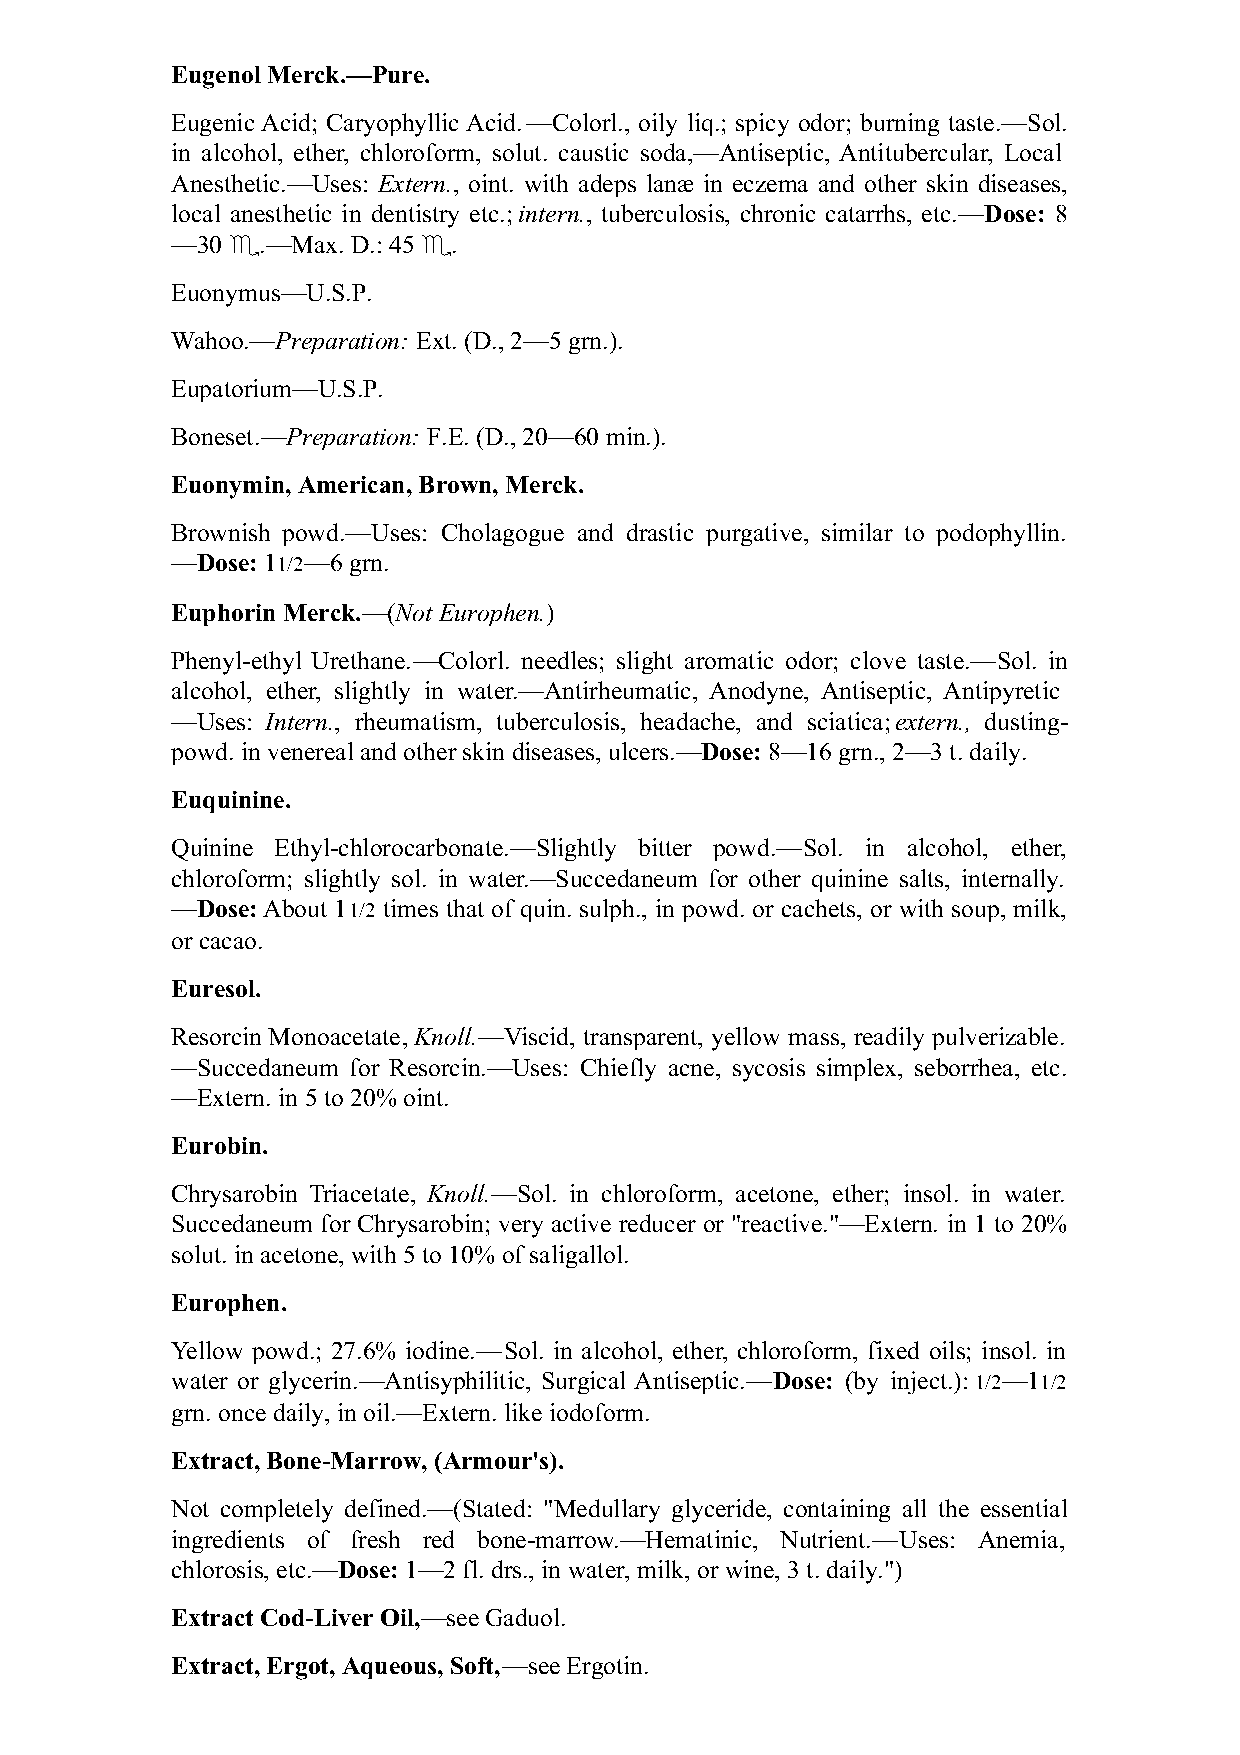
Eugenol Merck.—Pure.
 Eugenic Acid; Caryophyllic Acid.—Colorl., oily liq.; spicy odor; burning taste.—Sol.
 in alcohol, ether, chloroform, solut. caustic soda,—Antiseptic, Antitubercular, Local
 Anesthetic.—Uses: Extern., oint. with adeps lanæ in eczema and other skin diseases,
 local anesthetic in dentistry etc.; intern., tuberculosis, chronic catarrhs, etc.—Dose: 8
 —30 ♏.—Max. D.: 45 ♏.
 Euonymus—U.S.P.
 Wahoo.—Preparation: Ext. (D., 2—5 grn.).
 Eupatorium—U.S.P.
 Boneset.—Preparation: F.E. (D., 20—60 min.).
 Euonymin, American, Brown, Merck.
 Brownish powd.—Uses: Cholagogue and drastic purgative, similar to podophyllin.
 —Dose: 11/2—6 grn.
 Euphorin Merck.—(Not Europhen.)
 Phenyl-ethyl Urethane.—Colorl. needles; slight aromatic odor; clove taste.—Sol. in
 alcohol, ether, slightly in water.—Antirheumatic, Anodyne, Antiseptic, Antipyretic
 —Uses: Intern., rheumatism, tuberculosis, headache, and sciatica; extern., dusting-
 powd. in venereal and other skin diseases, ulcers.—Dose: 8—16 grn., 2—3 t. daily.
 Euquinine.
 Quinine Ethyl-chlorocarbonate.—Slightly bitter powd.—Sol. in alcohol, ether,
 chloroform; slightly sol. in water.—Succedaneum for other quinine salts, internally.
 —Dose: About 11/2 times that of quin. sulph., in powd. or cachets, or with soup, milk,
 or cacao.
 Euresol.
 Resorcin Monoacetate, Knoll.—Viscid, transparent, yellow mass, readily pulverizable.
 —Succedaneum for Resorcin.—Uses: Chiefly acne, sycosis simplex, seborrhea, etc.
 —Extern. in 5 to 20% oint.
 Eurobin.
 Chrysarobin Triacetate, Knoll.—Sol. in chloroform, acetone, ether; insol. in water.
 Succedaneum for Chrysarobin; very active reducer or "reactive."—Extern. in 1 to 20%
 solut. in acetone, with 5 to 10% of saligallol.
 Europhen.
 Yellow powd.; 27.6% iodine.—Sol. in alcohol, ether, chloroform, fixed oils; insol. in
 water or glycerin.—Antisyphilitic, Surgical Antiseptic.—Dose: (by inject.): 1/2—11/2
 grn. once daily, in oil.—Extern. like iodoform.
 Extract, Bone-Marrow, (Armour's).
 Not completely defined.—(Stated: "Medullary glyceride, containing all the essential
 ingredients of fresh red bone-marrow.—Hematinic, Nutrient.—Uses: Anemia,
 chlorosis, etc.—Dose: 1—2 fl. drs., in water, milk, or wine, 3 t. daily.")
 Extract Cod-Liver Oil,—see Gaduol.
 Extract, Ergot, Aqueous, Soft,—see Ergotin.